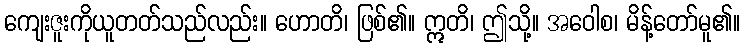
ကျေးဇူးကိုယူတတ်သည်လည်း။ ဟောတိ၊ ဖြစ်၏။ ဣတိ၊ ဤသို့။ အဝေါစ၊ မိန့်တော်မူ၏။